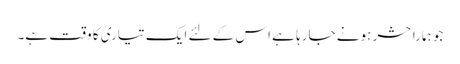
جو ہمارا حشر ہونے جارہا ہے اس کے لئے ایک تیاری کا وقت ہے۔